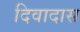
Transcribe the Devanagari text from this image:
दिवादास